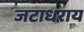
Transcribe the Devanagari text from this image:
जटाधराय